Vaccination in Bombay 1863-1868 - 1863-1868
Year: 1863
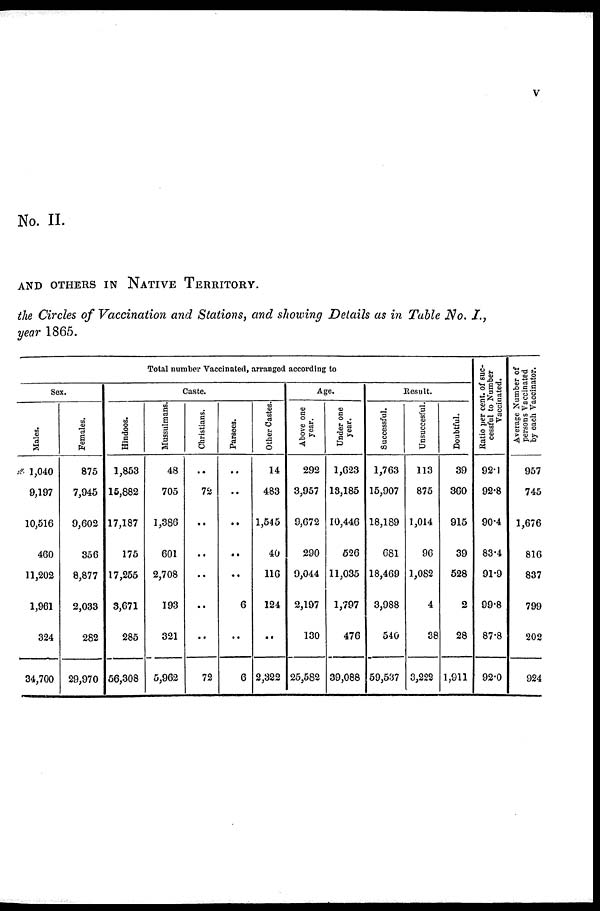
v
No. II.
AND OTHERS IN NATIVE TERRITORY.
the Circles of Vaccination and Stations, and showing Details as in Table No. I.,
year 1865.
Total number Vaccinated, arranged according to
Sex.
Males.
1,040
9,197
10,516
460
11,202
1,961
324
34,700
Females.
875
7,945
9,602
356
8,877
2,033
282
29,970
Caste.
Hindoos.
1,853
15,882
17,187
175
17,255
3,671
285
56,308
Mussulmans.
48
705
1,386
601
2,708
193
321
5,962
Christians.
..
72
..
..
..
..
..
72
Parsees.
..
..
..
..
..
6
..
6
Other Castes.
14
483
1,545
40
116
124
..
2,322
Age.
Above one
year.
292
3,957
9,672
290
9,044
2,197
130
25,582
Under one
year.
1,623
13,185
10,446
526
11,035
1,797
476
39,088
Result.
Successful.
1,763
15,907
18,189
681
18,469
3,988
540
59,537
Unsuccesful.
113
875
1,014
96
1,082
4
38
3,222
Doubtful.
39
360
915
39
528
2
28
1,911
Ratio per cent. of suc-
cessful to Number
Vaccinated.
92.1
92.8
90.4
83.4
91.9
99.8
87.8
92.0
Average Number of
persons Vaccinated
by each Vaccinator.
957
745
1,676
816
837
799
202
924